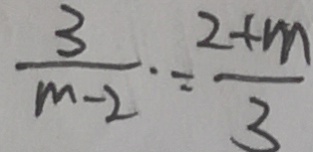
\frac { 3 } { m - 2 } = \frac { 2 + m } { 3 }